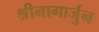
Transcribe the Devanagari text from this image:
श्रीनागार्जुन